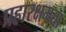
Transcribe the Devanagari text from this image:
प्रहारक्षमता